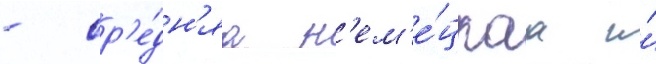
- ср'е́дн'яа н'ем'е́цкаа и́